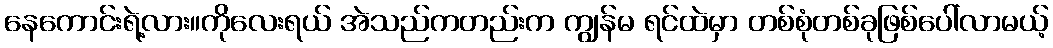
နေကောင်းရဲ့လား။ကိုလေးရယ် အဲသည်ကတည်းက ကျွန်မ ရင်ထဲမှာ တစ်စုံတစ်ခုဖြစ်ပေါ်လာမယ့်